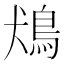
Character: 𩿛